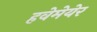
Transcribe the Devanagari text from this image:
हवेमेयेर